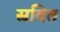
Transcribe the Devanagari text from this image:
स्नवित